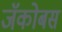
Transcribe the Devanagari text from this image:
जॅकोबस